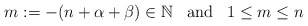
\begin{align*}m:=-(n+\alpha+\beta)\in {\mathbb N} \;\;\; {\rm and}\;\;\; 1\le m\le n \end{align*}